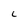
Character: C